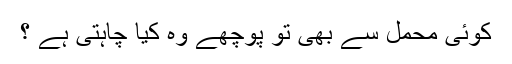
کوئی محمل سے بھی تو پوچھے وہ کیا چاہتی ہے ؟